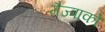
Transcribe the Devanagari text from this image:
गैज्पाको